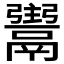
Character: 𩱌